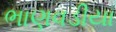
ભાણવડીયા